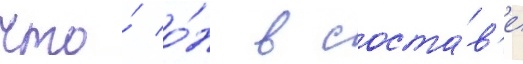
что́ о́н в соста́в'е